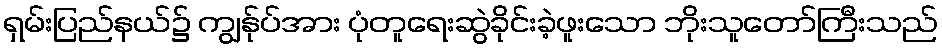
ရှမ်းပြည်နယ်၌ ကျွန်ုပ်အား ပုံတူရေးဆွဲခိုင်းခဲ့ဖူးသော ဘိုးသူတော်ကြီးသည်